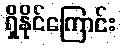
ရှိနိုင်ကြောင်း